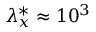
{ \lambda } _ { x } ^ { * } \approx 1 0 ^ { 3 }